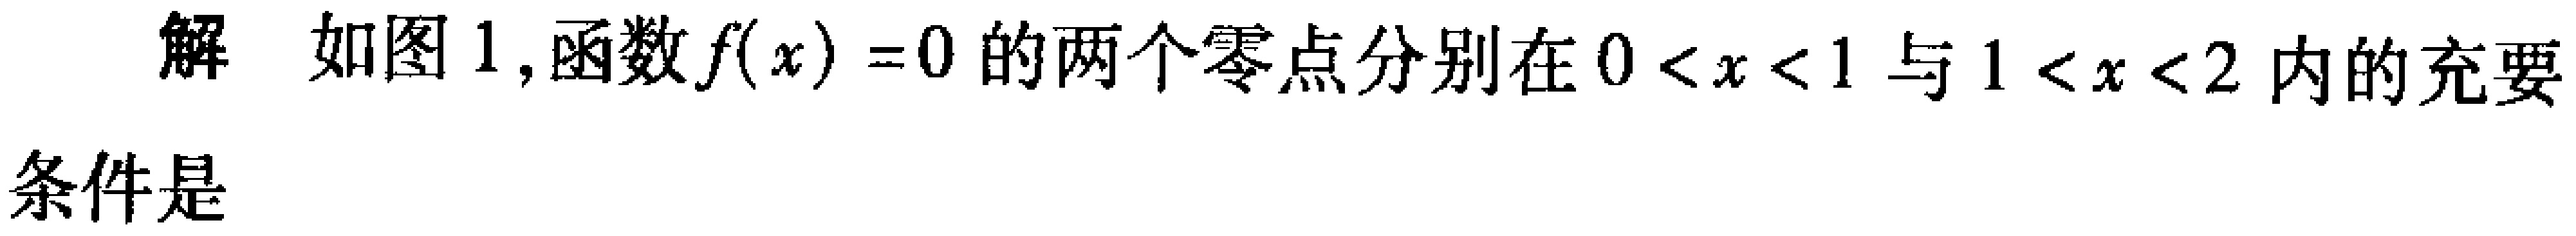
解 如图1,函数\(f(x)=0\)的两个零点分别在\(0 < x < 1\)与\(1 < x < 2\)内的充要

条件是